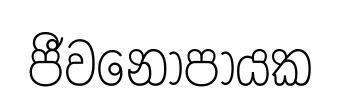
ජීවනෝපායක